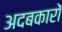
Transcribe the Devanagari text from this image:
अदबकारों